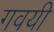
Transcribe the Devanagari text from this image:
गवयी